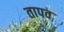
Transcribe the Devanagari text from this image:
तापव